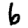
Digit: 6